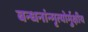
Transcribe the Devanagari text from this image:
बन्धनांन्मृत्योर्मुक्षीय